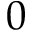
0